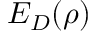
E _ { D } ( \rho )